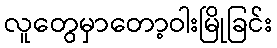
လူတွေမှာတော့ဝါးမြိုခြင်း